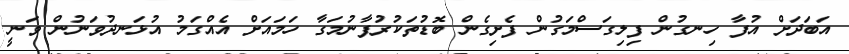
އަބަދަށް އުފާ ހިނގުން ފިލިގަސްމަގުން ފެށިގެން ބޮޑުތަކުރުފާނުމަގާ ހަމައަށް އެއްގަމު އުޅަނދުވަނުން ވަނީ